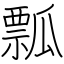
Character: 瓢